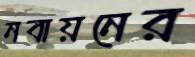
নবায়নের